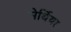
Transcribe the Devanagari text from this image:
मेर्थियर